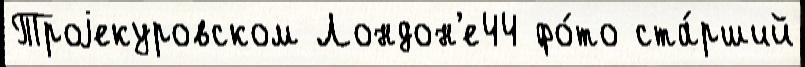
Троjекуровском Лондон'е44 фо́то ста́рший